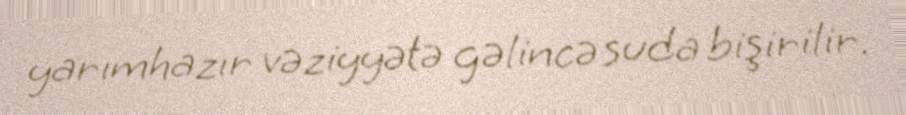
yarımhazır vəziyyətə gəlincə suda bişirilir.